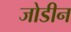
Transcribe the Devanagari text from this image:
जोडीन